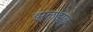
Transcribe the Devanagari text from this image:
झुळूझुळू